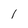
Character: I